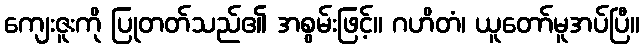
ကျေးဇူးကို ပြုတတ်သည်၏ အစွမ်းဖြင့်။ ဂဟိတံ၊ ယူတော်မူအပ်ပြီ။